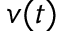
v ( t )